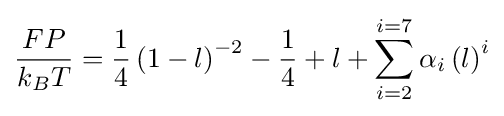
{\frac {FP}{k_{B}T}}={\frac {1}{4}}\left(1-l\right)^{-2}-{\frac {1}{4}}+l+\sum _{i=2}^{i=7}\alpha _{i}\left(l\right)^{i}